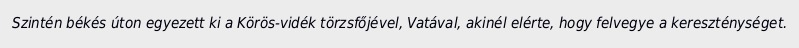
Szintén békés úton egyezett ki a Körös-vidék törzsfőjével, Vatával, akinél elérte, hogy felvegye a kereszténységet.